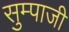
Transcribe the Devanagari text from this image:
सुम्पाजी